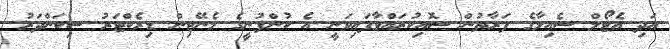
އަދި އެޓޯލް ސެއިލާގެ ފަރާތުން ސޮއިކުރައްވާފައިވަނީ އެ ކުންފުނީގެ މެނޭޖިން ޑިރެކްޓަރު ސިކަންދަރު